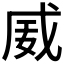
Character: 𪭏